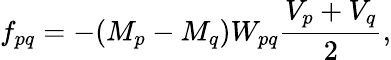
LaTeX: f_{pq}=-(M_{p}-M_{q})W_{pq}\frac{V_{p}+V_{q}}{2},